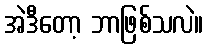
အဲဒီတော့ ဘာဖြစ်သလဲ။